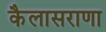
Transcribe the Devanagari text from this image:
कैलासराणा